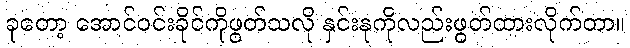
ခုတော့ အောင်ဝင်းခိုင်ကိုဖွတ်သလို နှင်းနုကိုလည်းဖွတ်ထားလိုက်တာ။